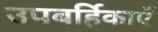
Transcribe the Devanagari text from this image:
उपबर्हिकाएँ